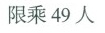
限乘49人